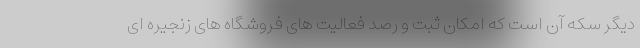
دیگر سکه آن است که امکان ثبت و رصد فعالیت های فروشگاه های زنجیره ای